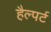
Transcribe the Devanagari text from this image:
हैल्पर्ट